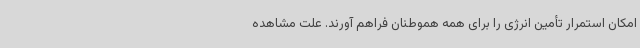
امکان استمرار تأمین انرژی را برای همه هموطنان فراهم آورند. علت مشاهده